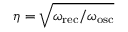
\eta = \sqrt { \omega _ { \mathrm { r e c } } / \omega _ { \mathrm { o s c } } }